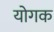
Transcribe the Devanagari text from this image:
योगक